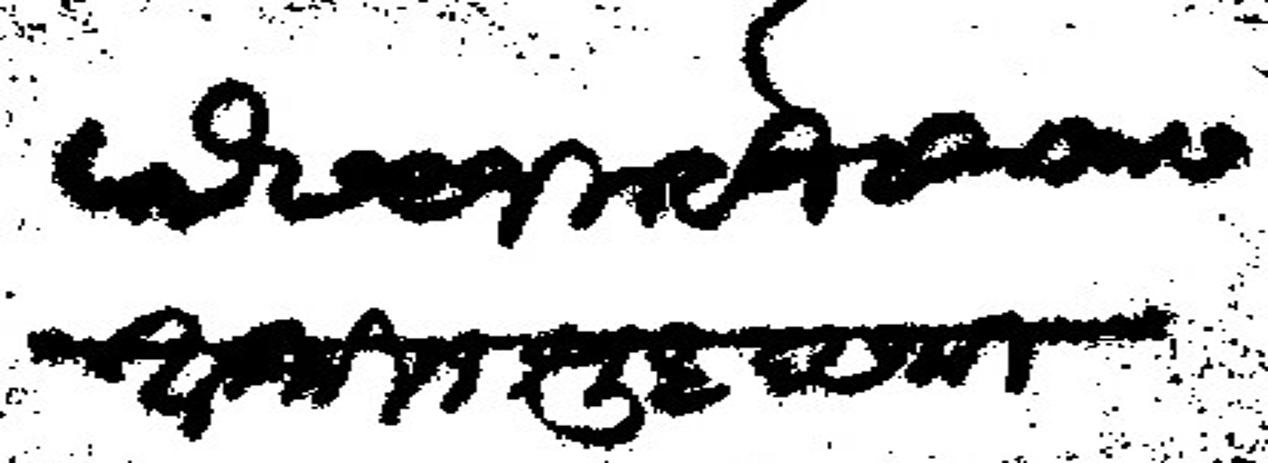
Transliteration (Devanagari): पो छ ९ जिल्हेज सुा सलास आश्विन शुध दसमी